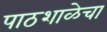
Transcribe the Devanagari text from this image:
पाठशाळेचा